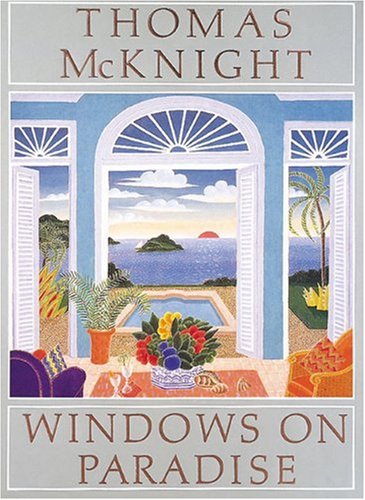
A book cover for Windows on Paradise; Thomas McKnight; Arts & Photography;